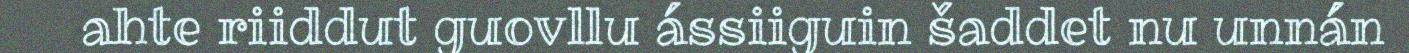
ahte riiddut guovllu ássiiguin šaddet nu unnán